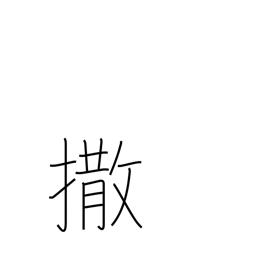
Meaning: give them the slip